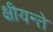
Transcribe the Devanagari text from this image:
क्षीयन्ते